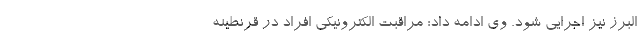
البرز نیز اجرایی شود. وی ادامه داد: مراقبت الکترونیکی افراد در قرنطینه